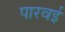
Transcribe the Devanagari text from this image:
पारवई